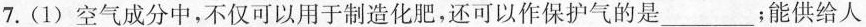
7.(1)空气成分中，不仅可以用于制造化肥，还可以作保护气的是___；能供给人